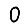
Digit: 0